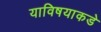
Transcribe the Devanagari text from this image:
याविषयाकडे